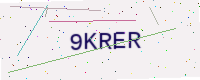
Text: 9KRER